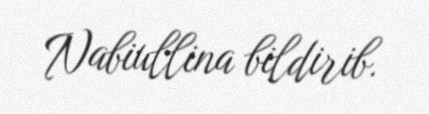
Nabiullina bildirib.